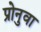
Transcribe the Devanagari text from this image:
प्रोनुवा